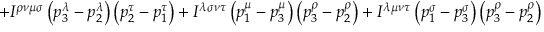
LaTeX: + I ^ { \rho \nu \mu \sigma } \left( p _ { 3 } ^ { \lambda } - p _ { 2 } ^ { \lambda } \right) \left( p _ { 2 } ^ { \tau } - p _ { 1 } ^ { \tau } \right) + I ^ { \lambda \sigma \nu \tau } \left( p _ { 1 } ^ { \mu } - p _ { 3 } ^ { \mu } \right) \left( p _ { 3 } ^ { \rho } - p _ { 2 } ^ { \rho } \right) + I ^ { \lambda \mu \nu \tau } \left( p _ { 1 } ^ { \sigma } - p _ { 3 } ^ { \sigma } \right) \left( p _ { 3 } ^ { \rho } - p _ { 2 } ^ { \rho } \right)